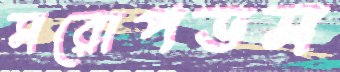
সরোপডস